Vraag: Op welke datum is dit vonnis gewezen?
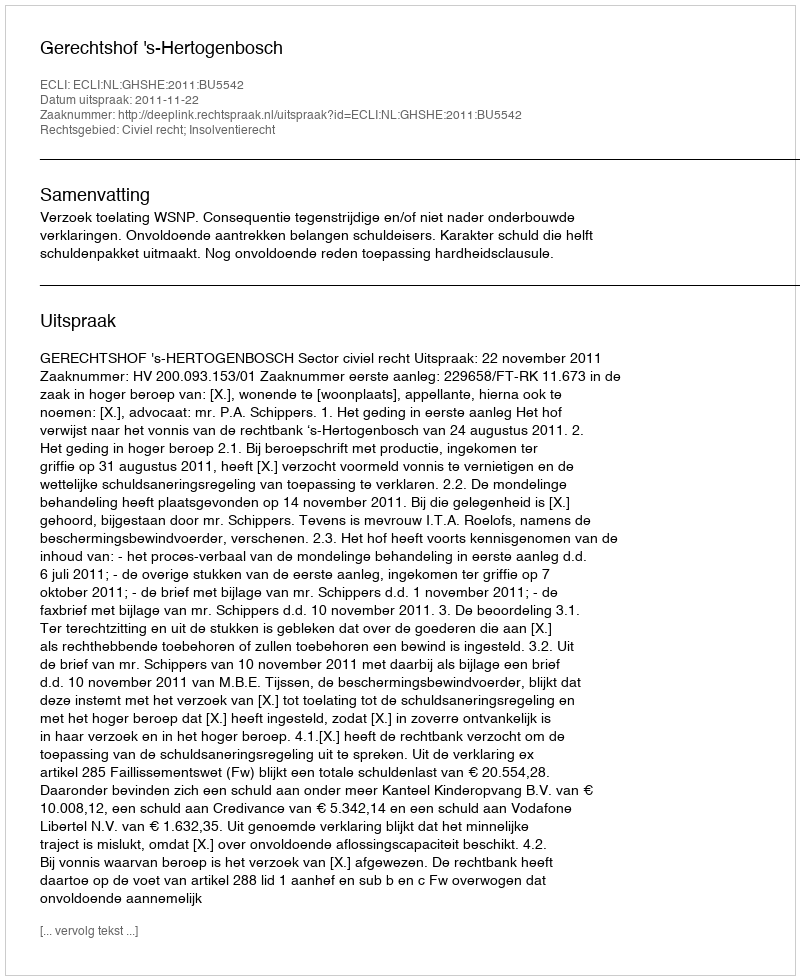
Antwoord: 2011-11-22